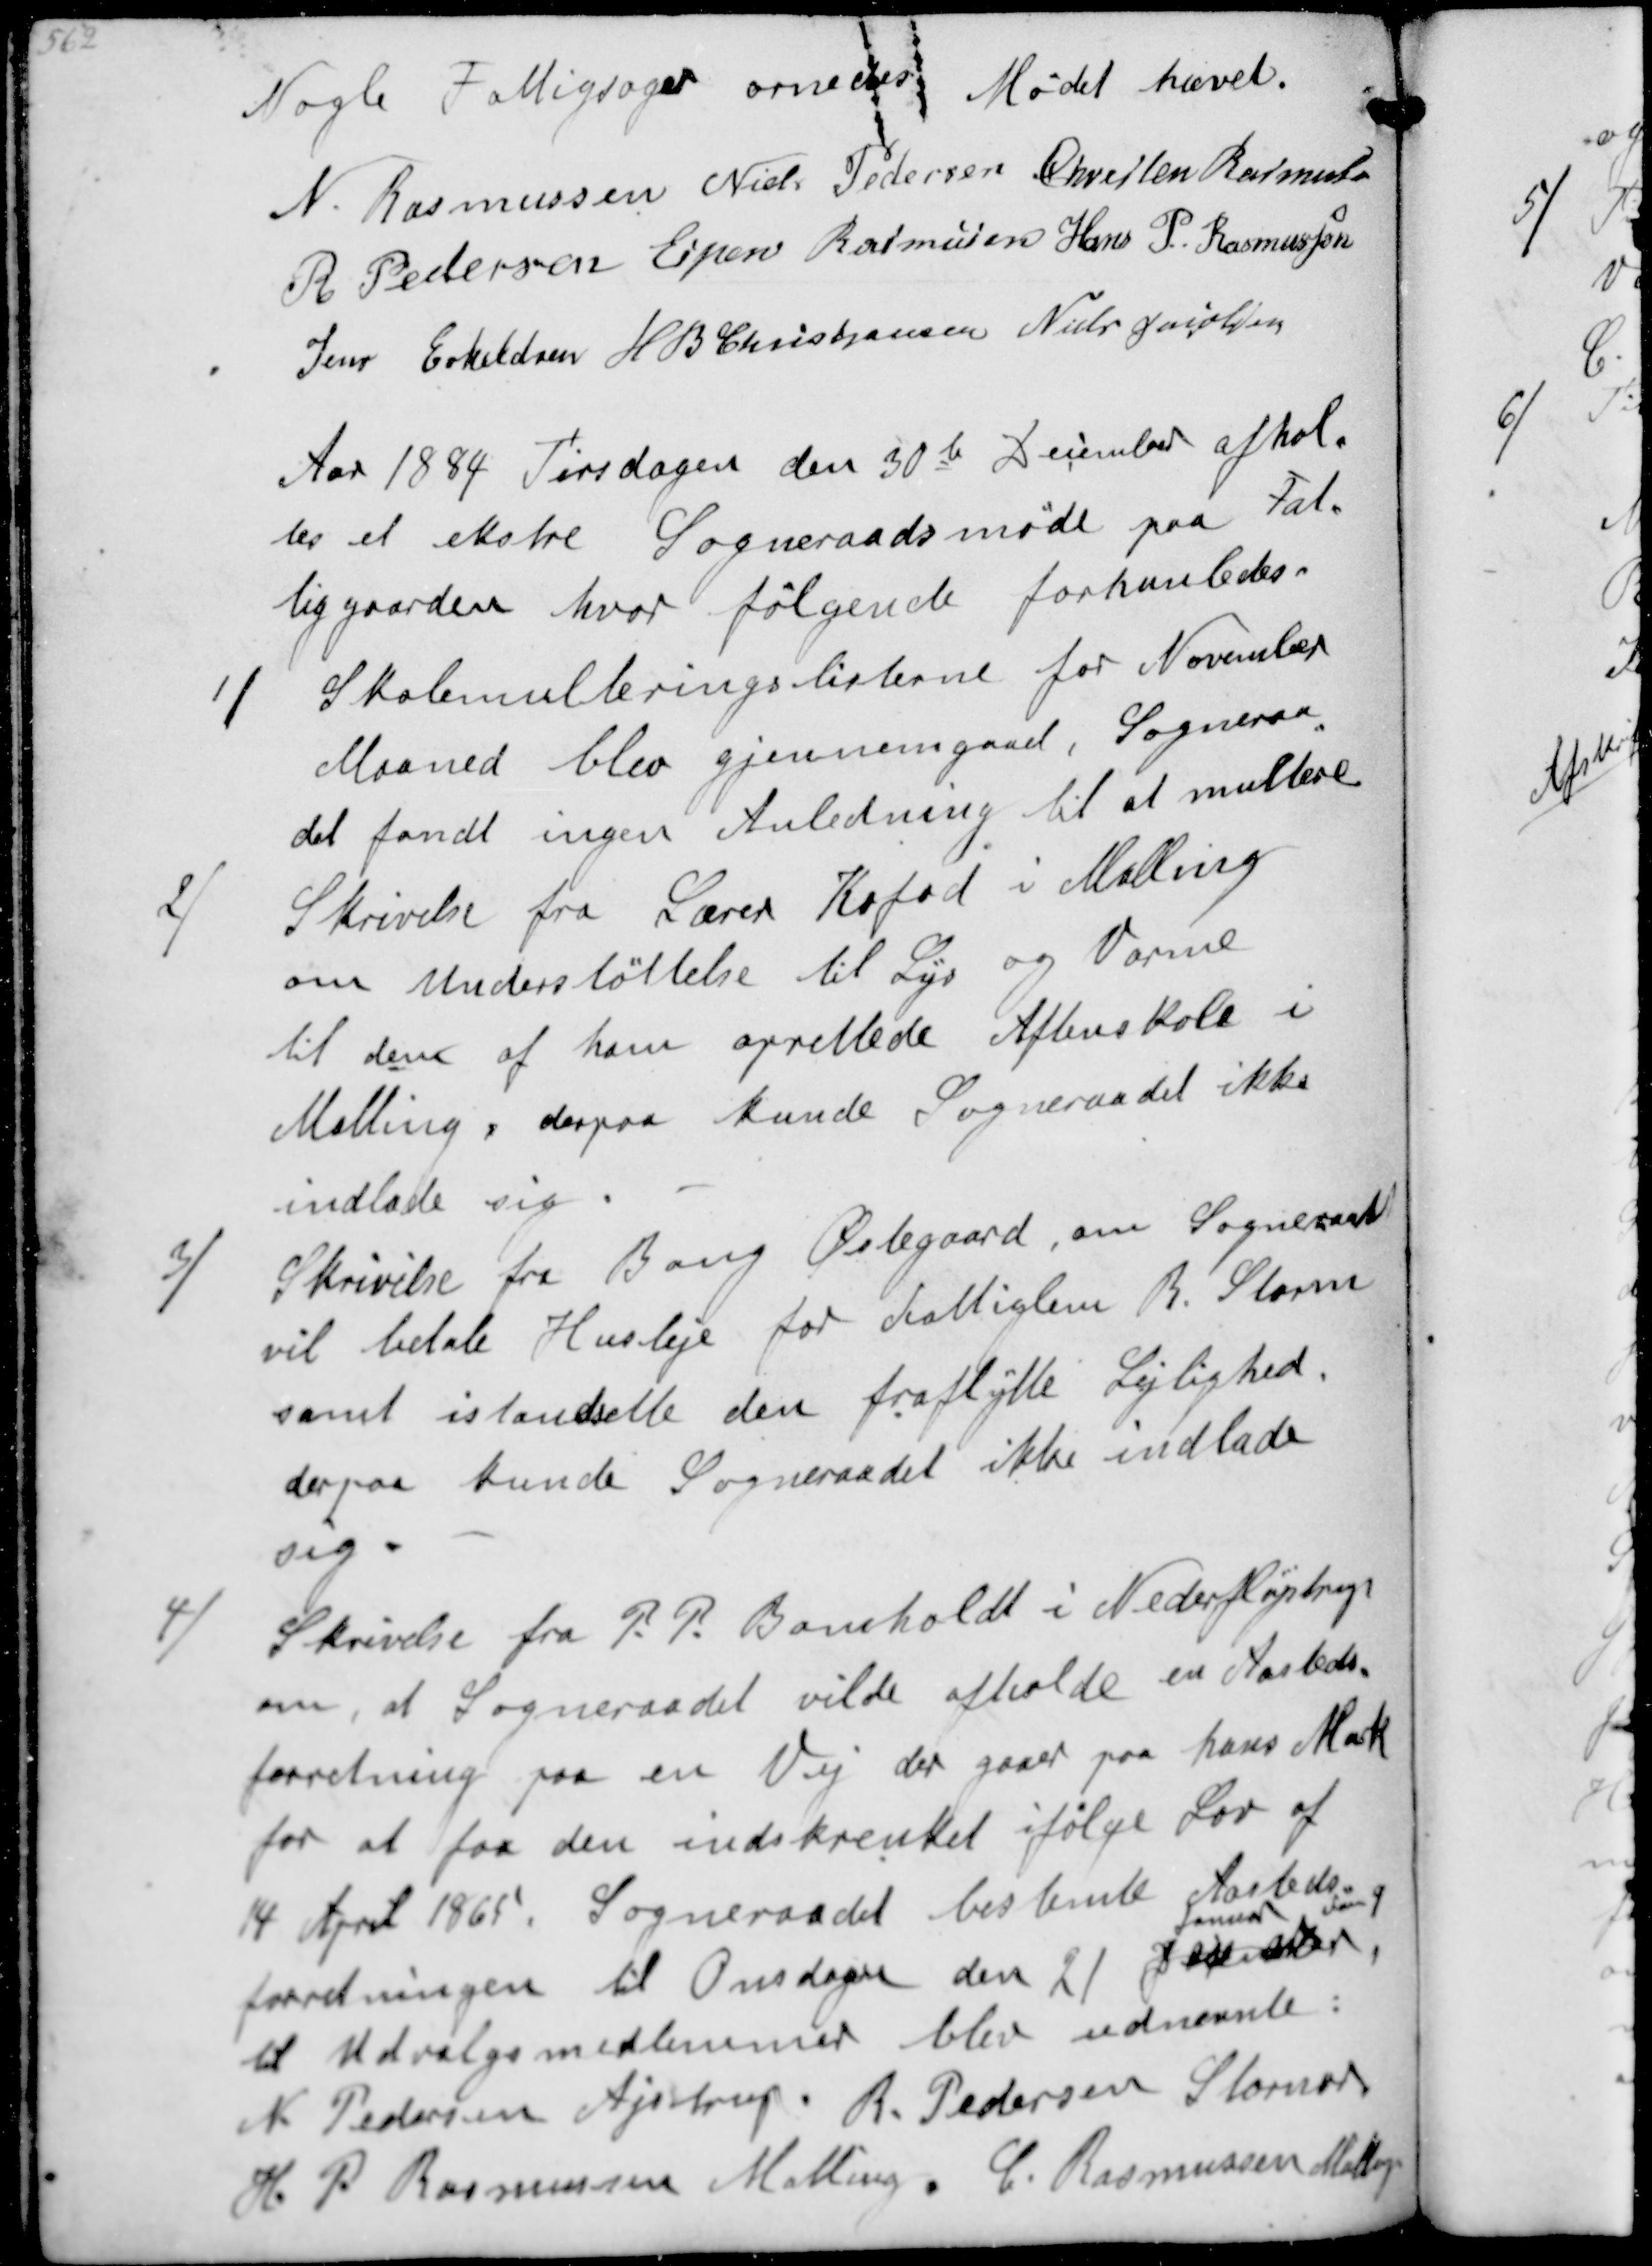
Transskription:
Nogle Fattigsager ornedes Mødet hævet
N Rasmussen
Niels Pedersen
Chresten Rasmusssen
R Pedersen
Espen Rasmussen
Hans P Rasmssen
Jens Eskeldsen
H B Christjansen
Niels Jacobsen
Aar 1884 Tirsdagen den 30te December afhol-
tes et ekstre Sogneraadsmøde paa Fat-
tiggarden hvor følgende forhanledes
1/
Skolemulteringslisterne for November
Maaned blev gjennemgaaet, Sogneraa-
det fandt ingen Anledning til at multere
2/
Skrivelse fra Lærer Kofod i Malling
om Understøtteøse til Lys og Varme
til den af ham oprettede Aftenskole i
Malling,derpaa kunde Sogneraadet ikke
indlade sig
3/
Skrivelse fra Bang Østegaard, om Sogneraadet
vil betale Husleje for Fattiglem R Storm
samt istandsætte den fraflytte Lejlighed
derpaa kunde Sogneraadet ikke indlade
sig
4/
Skrivelse fra P P Bomholdt i Neder Fløjstrup
om, at Sogneraadet vilde afholde en Aasteds-
forretning paa en Vej der gaar paa hans Mark
for at faa den indskrenket ifølge Lov af
14 April 1865 Sogneraadet bestemte Aasteds-
forretningen til Onsdagen 21
Januar
til Udvalgsmedlemmer blev udnevnte:
N Pedersen Ajstrup, R Pedersen Stornor
H P Rasmussen Malling, C Rasmussen Malling